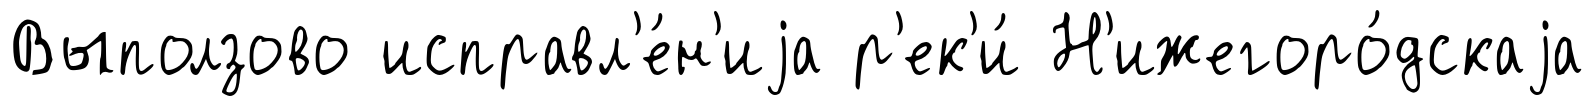
Выползово исправл'е́н'иjа р'ек'и́ Н'ижегоро́дскаjа